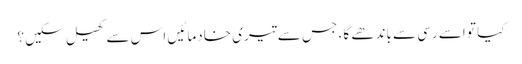
کیا تو اسے رسی سے باندھے گا ، جس سے تیری خادما ئیں اس سے کھیل سکیں ؟